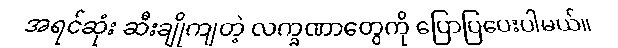
အရင်ဆုံး ဆီးချိုကျတဲ့ လက္ခဏာတွေကို ပြောပြပေးပါမယ်။